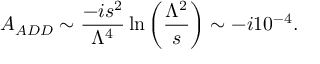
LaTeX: A _ { A D D } \sim \frac { - i s ^ { 2 } } { \Lambda ^ { 4 } } \ln \left( \frac { \Lambda ^ { 2 } } { s } \right) \sim - i 1 0 ^ { - 4 } .